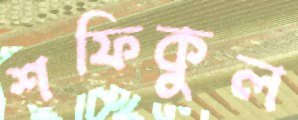
শফিকুল